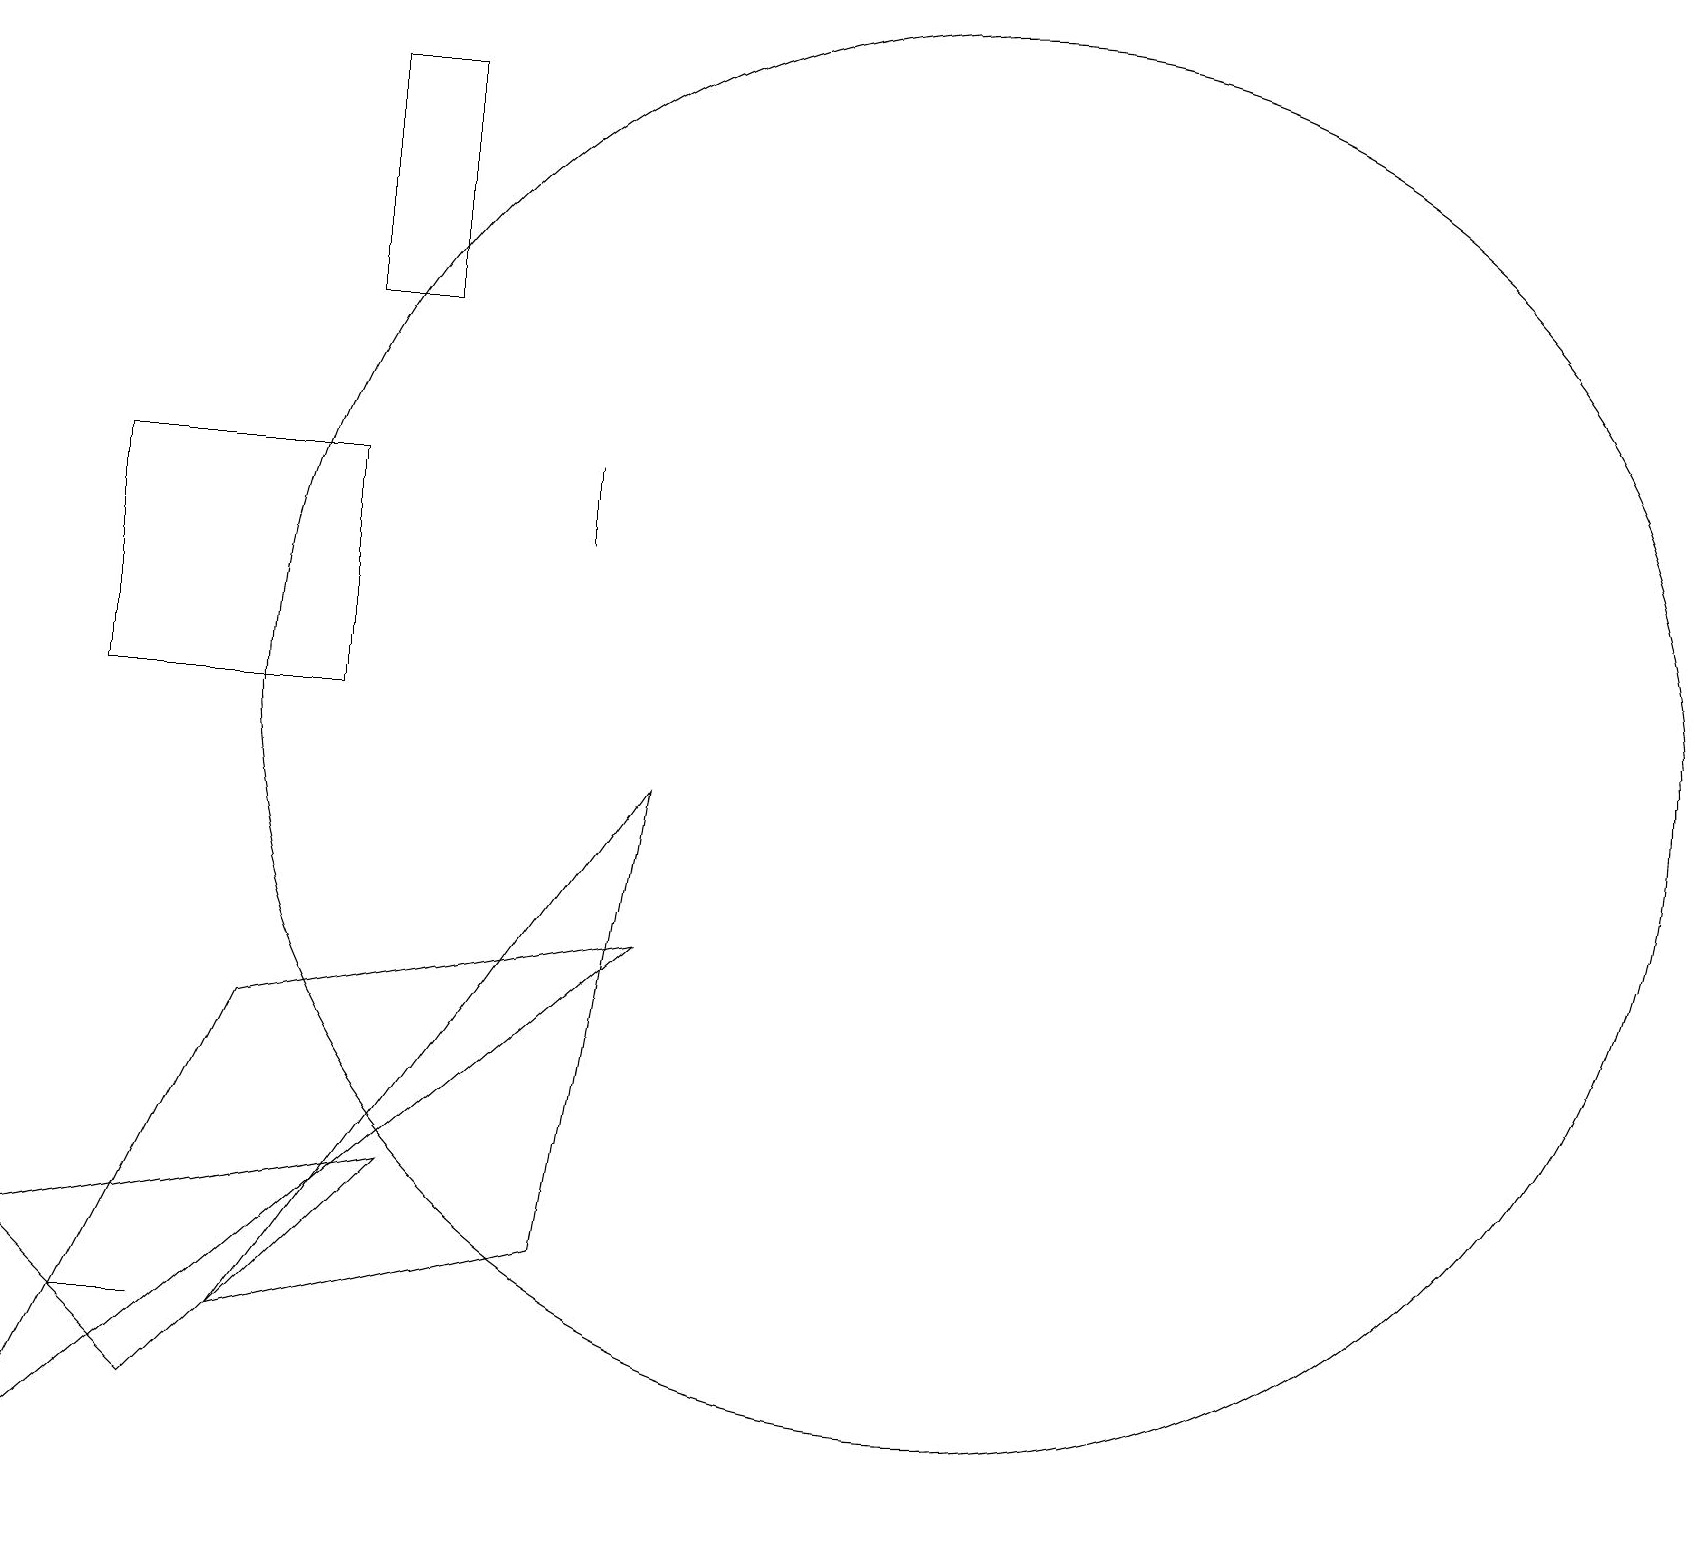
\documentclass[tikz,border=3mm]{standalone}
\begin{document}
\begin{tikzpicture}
\draw (8,7) -- (3,6) -- (0,0) -- cycle;
\draw (7,13) rectangle (7,12);
\draw (5,18) rectangle (4,15);
\draw (4,10) rectangle (1,13);
\draw (5,4) -- (2,1) -- (0,3) -- cycle;
\draw (12,10) circle (9);
\draw (2,2) -- (1,2) -- (2,2) -- cycle;
\draw (7,3) -- (8,9) -- (3,2) -- cycle;
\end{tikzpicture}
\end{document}